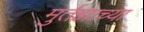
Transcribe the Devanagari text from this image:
मुर्तझाच्या